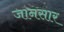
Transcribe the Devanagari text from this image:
जानसार